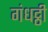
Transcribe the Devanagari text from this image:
गंधट्ठी